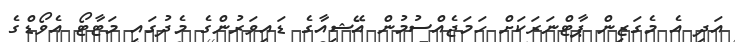
އަދި އެ މެގަޒިން ޕާޓްނަރަކަށް ހަމަޖެއްސުމުން އޭޝިއާގެ ޑައިވަރުންގެ މެދުގައި މަޓާޓޯ އެވޯޑްގެ